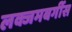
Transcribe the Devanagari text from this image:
लक्जमबर्गीस